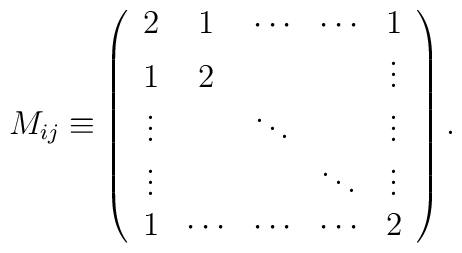
M_{ij}\equiv \left(\begin{array}{ccccc}2&1&\cdots&\cdots& 1\\1&2& & &\vdots\\\vdots& &\ddots & &\vdots\\\vdots& & & \ddots&\vdots\\1&\cdots&\cdots&\cdots&2\\\end{array}\right).